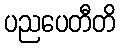
ပညပေတီတိ